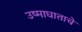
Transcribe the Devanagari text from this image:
उष्माघाताचे